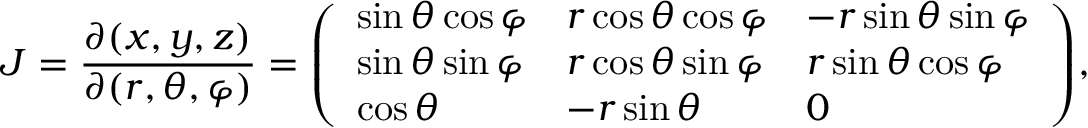
J = { \frac { \partial ( x , y , z ) } { \partial ( r , \theta , \varphi ) } } = { \left( \begin{array} { l l l } { \sin \theta \cos \varphi } & { r \cos \theta \cos \varphi } & { - r \sin \theta \sin \varphi } \\ { \sin \theta \sin \varphi } & { r \cos \theta \sin \varphi } & { r \sin \theta \cos \varphi } \\ { \cos \theta } & { - r \sin \theta } & { 0 } \end{array} \right) } ,